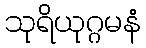
သုရိယုဂ္ဂမနံ